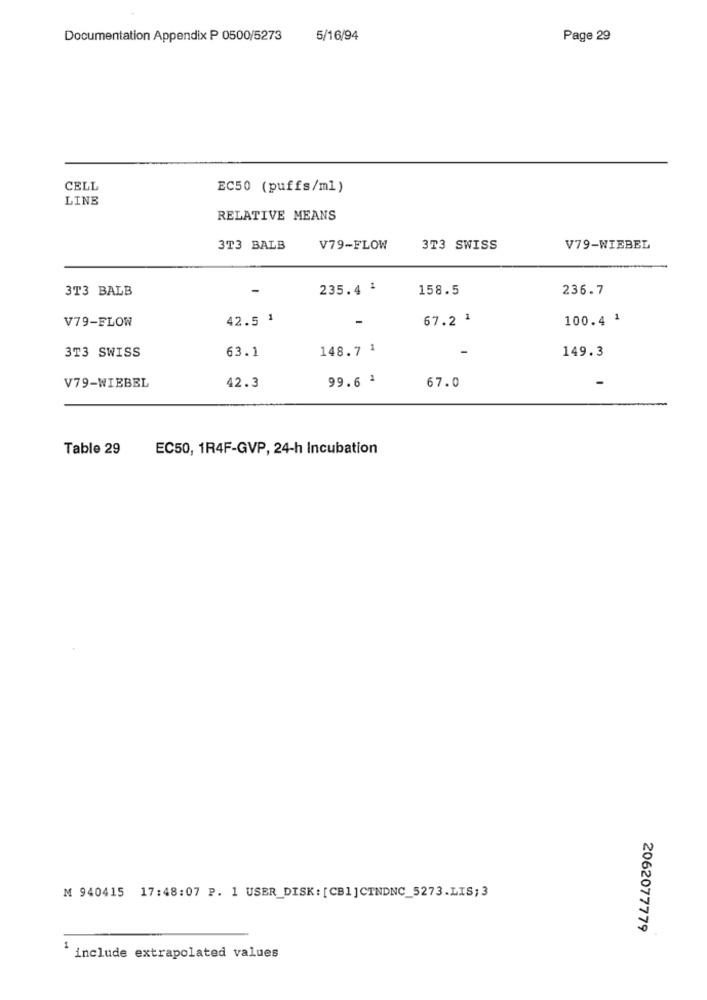
Documentation Appendix P 0500/5273
5/16/94
Page 29
CELL
EC50 (puffs/ml)
LINE
RELATIVE MEANS
3T3 BALB
V79-FLOW
3T3 SWISS
V79-WIEBEL
3T3 BALB
-
235.4 '
158.5
236.7
V79-FLOW
42.5 1
-
67.2 1
100.4 1
63.1
148.7 1
149.3
3T3 SWISS
99.6 ª
V79-WIEBEL
42.3
67.0
Table 29
EC50, 1R4F-GVP, 24-h Incubation
M 940415 17:48:07 P. 1 USER_DISK: [CB1]CTNDNC_5273.LIS;3
2062077779
include extrapolated values